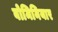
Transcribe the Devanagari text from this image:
बोमिनियार